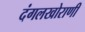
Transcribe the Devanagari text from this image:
दंगलखोराणी